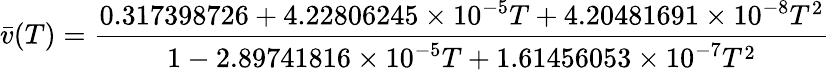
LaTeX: {\bar{v}}(T)={\frac{0.317398726+4.22806245\times 10^{-5}T+4.20481691\times 10^{-8}T^{2}}{1-2.89741816\times 10^{-5}T+1.61456053\times 10^{-7}T^{2}}}